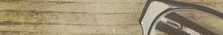
مستودع لتأجير المعدات الث